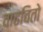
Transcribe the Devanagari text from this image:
वाढवितो